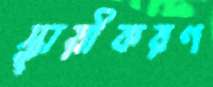
স্থায়ীকরণ